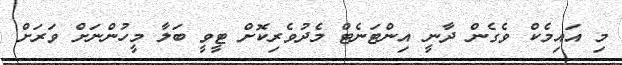
މި އައިމެކް ވެގެން ދާނީ އިންޓަނެޓް މެދުވެރިކޮށް ޓީވީ ބަލާ މީހުންނަށް ވަރަށް